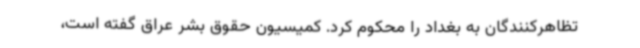
تظاهرکنندگان به بغداد را محکوم کرد. کمیسیون حقوق بشر عراق گفته است،‌